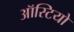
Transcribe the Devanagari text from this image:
ऑस्टियो